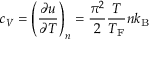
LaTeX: c _ { V } = \left( { \frac { \partial u } { \partial T } } \right) _ { n } = { \frac { \pi ^ { 2 } } { 2 } } { \frac { T } { T _ { \mathrm { { F } } } } } n k _ { \mathrm { { B } } }